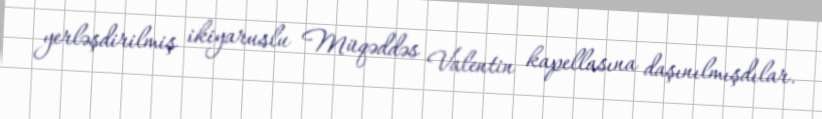
yerləşdirilmiş ikiyaruslu Müqəddəs Valentin kapellasına daşınılmışdılar.